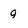
Character: g